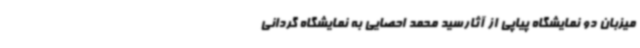
میزبان دو نمایشگاه پیاپی از آثارسید محمد احصایی به نمایشگاه گردانی